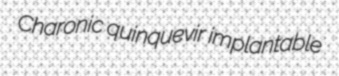
Charonic quinquevir implantable